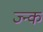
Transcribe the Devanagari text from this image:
ज्न्क